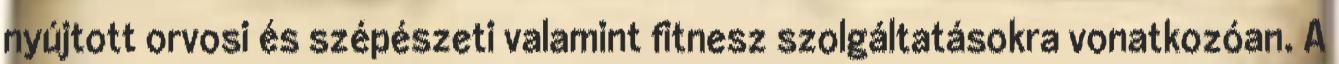
nyújtott orvosi és szépészeti valamint fitnesz szolgáltatásokra vonatkozóan. A